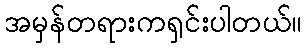
အမှန်တရားကရှင်းပါတယ်။